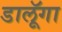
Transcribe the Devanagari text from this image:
डालूॅगा